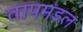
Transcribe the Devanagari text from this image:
तापमंडल